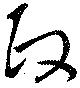
政